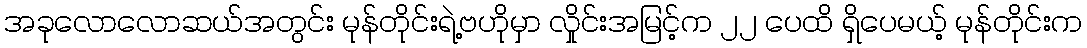
အခုလောလောဆယ်အတွင်း မုန်တိုင်းရဲ့ဗဟိုမှာ လှိုင်းအမြင့်က ၂၂ ပေထိ ရှိပေမယ့် မုန်တိုင်းက